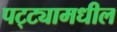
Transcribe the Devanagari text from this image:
पट्ट्यामधील